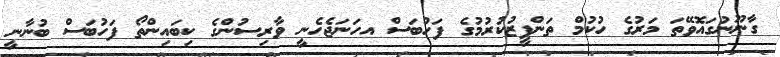
ގާނޫނުގައޮވޭތަ މަރުގެ ހުކުމް ތަންފީޒުކުރުމުގެ ފަހުބަސް އހަނަޖެހެނީ ވާރިސުންގެ ކިބައިންތޯ ފަހުބަސް ބުނާނީ